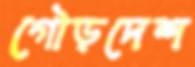
গৌড়দেশ